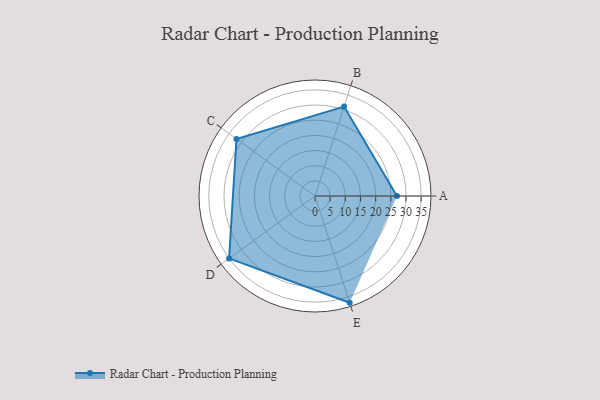
{"axis": {"x": "Skill", "y": "Score"}, "legend": ["Profile"], "data": [{"x": "A", "y": 27.0, "type": "Profile"}, {"x": "B", "y": 31.0, "type": "Profile"}, {"x": "C", "y": 32.0, "type": "Profile"}, {"x": "D", "y": 35.0, "type": "Profile"}, {"x": "E", "y": 37.0, "type": "Profile"}]}